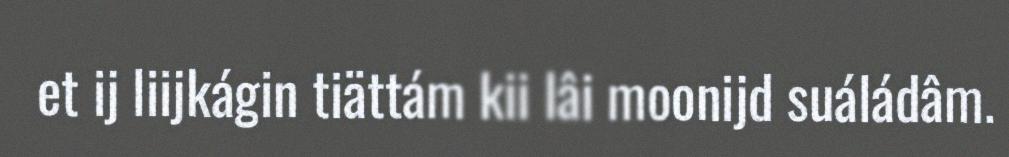
et ij liijkágin tiättám kii lâi moonijd suáládâm.